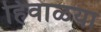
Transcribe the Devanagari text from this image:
हिवाळया